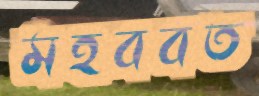
মহববত